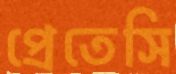
প্রেতেসি